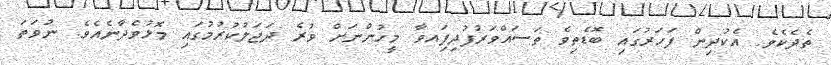
ތެދެކެވެ. އެކުދިން ފަހަރުގައި ބޮޑެތިވެ ތަސައްވަރުފުދިފަިއވާ މީހުންނަށް ވުރެ ދަޖަލުކުރުމުގައި މޮޅުވެދާނެއެވެ. ނުވަތަ